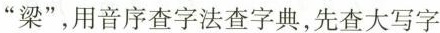
”梁”，用音序查字法查字典，先查大写字